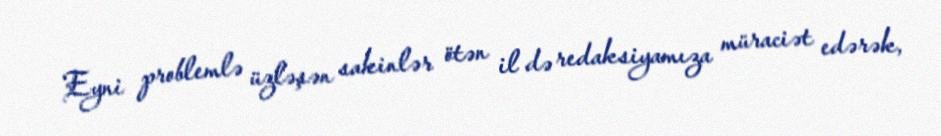
Eyni problemlə üzləşən sakinlər ötən il də redaksiyamıza müraciət edərək,